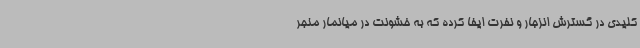
کلیدی در گسترش انزجار و نفرت ایفا کرده که به خشونت در میانمار منجر